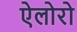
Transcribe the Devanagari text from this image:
ऐलोरो